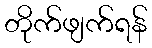
တိုက်ဖျက်ရန်